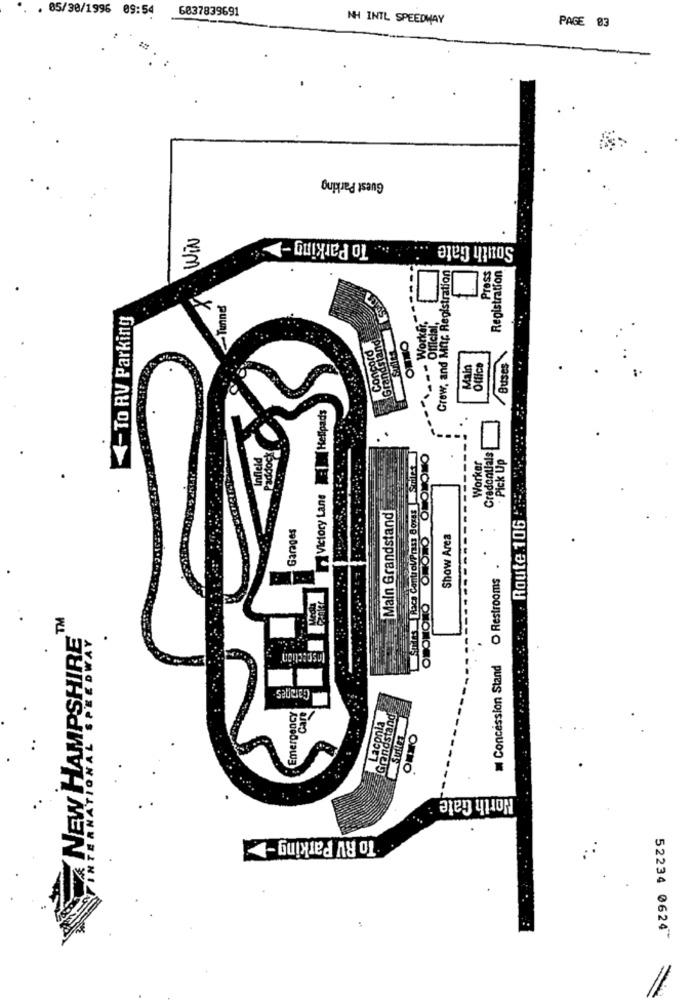
6037839691
. 85/30/1996 09:54
NH INTL SPEEDWAY
PAGE 83
Guest Parking
WIN
To Parking -
South Gate
Grew, and Mitr. Registration
PrOSS
Registration
Tunnel
- To RV Parking
Works
Grandstand!
OmNO
Concord
Main
Office
Buses
Kellpads
Infield
Paddoc
Strins Race ControlPrass Bogus Stilet
OMOMONO OMONO ÓLOMONO
Worker
Credentials
. Pick Up
Route 106 = "
11 Victory Lane
Main Grandstand
Garages
Show Area
O Restrooms
TM
RE
Inspection
Concession Stand
Garages
Emergency
Care
Laconia
Grandstand
ONNO
0
ONAL
NEW H
North Gate
"To RV Parking -
52234 0624"